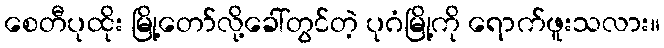
စေတီပုထိုး မြို့တော်လို့ခေါ်တွင်တဲ့ ပုဂံမြို့ကို ရောက်ဖူးသလား။